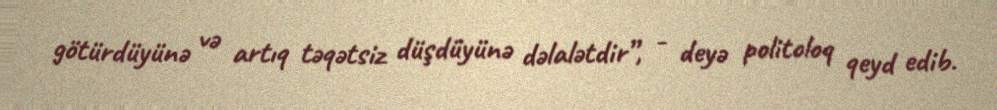
götürdüyünə və artıq təqətsiz düşdüyünə dəlalətdir”, - deyə politoloq qeyd edib.